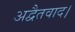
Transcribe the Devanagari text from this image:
अद्वैतवाद।